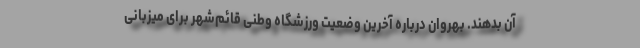
آن بدهند. بهروان درباره آخرین وضعیت ورزشگاه وطنی قائم‌شهر برای میزبانی